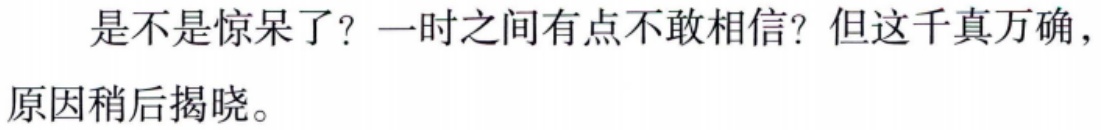
是不是惊呆了？一时之间有点不敢相信？但这千真万确，原因稍后揭晓。